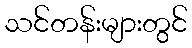
သင်တန်းများတွင်